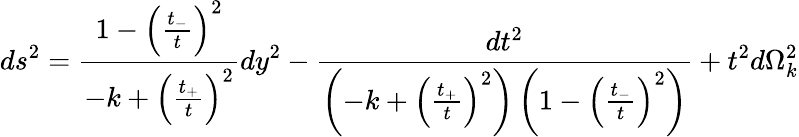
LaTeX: ds^{2}=\frac{1-\left(\frac{t_{-}}{t}\right)^{2}}{-k+\left(\frac{t_{+}}{t}\right)^{2}}dy^{2}-\frac{dt^{2}}{\left(-k+\left(\frac{t_{+}}{t}\right)^{2}\right)\left(1-\left(\frac{t_{-}}{t}\right)^{2}\right)}+t^{2}d\Omega_{k}^{2}